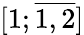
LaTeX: [1;{\overline{{1,2}}}]